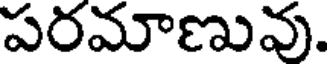
పరమాణువు.